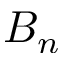
B _ { n }